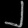
Digit: ၂